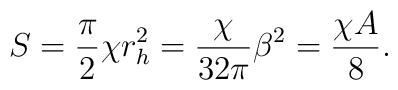
S={{\pi}\over{2} } \chi r^{2}_{h}={{\chi}\over{32\pi}}\beta^{2}={{\chi A}\over{8}}.